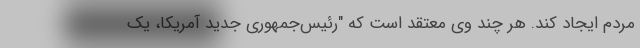
مردم ایجاد کند. هر چند وی معتقد است که "رئیس‌جمهوری جدید آمریکا، یک